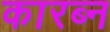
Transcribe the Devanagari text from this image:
कारब्न